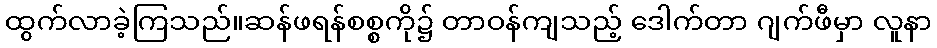
ထွက်လာခဲ့ကြသည်။ဆန်ဖရန်စစ္စကို၌ တာဝန်ကျသည့် ဒေါက်တာ ဂျက်ဖီမှာ လူနာ